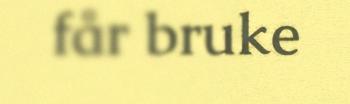
får bruke